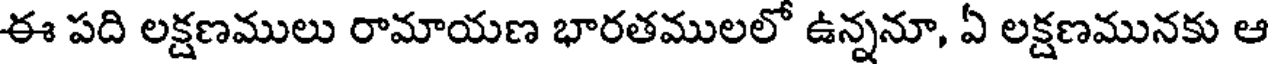
ఈ పది లక్షణములు రామాయణ భారతములలో ఉన్ననూ, ఏ లక్షణమునకు ఆ